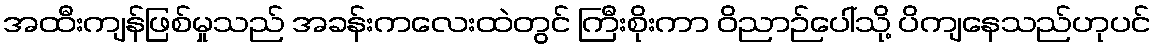
အထီးကျန်ဖြစ်မှုသည် အခန်းကလေးထဲတွင် ကြီးစိုးကာ ဝိညာဉ်ပေါ်သို့ ပိကျနေသည်ဟုပင်